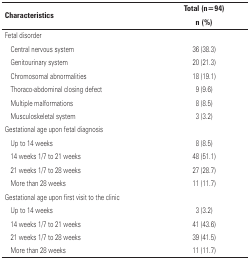
<table><thead><tr><td rowspan="2" colspan="2"><b>Characteristics</b></td><td><b>Total (n=94)</b></td></tr><tr><td><b>n (%)</b></td></tr></thead><tbody><tr><td colspan="3">Fetal disorder</td></tr><tr><td></td><td>Central nervous system</td><td>36 (38.3)</td></tr><tr><td></td><td>Genitourinary system</td><td>20 (21.3)</td></tr><tr><td></td><td>Chromosomal abnormalities</td><td>18 (19.1)</td></tr><tr><td></td><td>Thoraco-abdominal closing defect</td><td>9 (9.6)</td></tr><tr><td></td><td>Multiple malformations</td><td>8 (8.5)</td></tr><tr><td></td><td>Musculoskeletal system</td><td>3 (3.2)</td></tr><tr><td colspan="3">Gestational age upon fetal diagnosis</td></tr><tr><td></td><td>Up to 14 weeks</td><td>8 (8.5)</td></tr><tr><td></td><td>14 weeks 1/7 to 21 weeks</td><td>48 (51.1)</td></tr><tr><td></td><td>21 weeks 1/7 to 28 weeks</td><td>27 (28.7)</td></tr><tr><td></td><td>More than 28 weeks</td><td>11 (11.7)</td></tr><tr><td colspan="3">Gestational age upon first visit to the clinic</td></tr><tr><td></td><td>Up to 14 weeks</td><td>3 (3.2)</td></tr><tr><td></td><td>14 weeks 1/7 to 21 weeks</td><td>41 (43.6)</td></tr><tr><td></td><td>21 weeks 1/7 to 28 weeks</td><td>39 (41.5)</td></tr><tr><td></td><td>More than 28 weeks</td><td>11 (11.7)</td></tr></tbody></table>